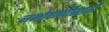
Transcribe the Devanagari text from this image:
नभोवाणीसाठी